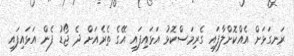
ރަނގަޅަށް އެއްކޮށްލާފައި ގެރިމަސްކޮޅު އަޅައިފައި އޭގެ ތެރެއަށް ދެ ޖޯޑު ފެން އަޅައިފައި